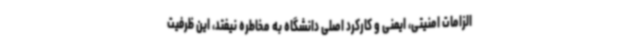
الزامات امنیتی، ایمنی و کارکرد اصلی دانشگاه به مخاطره نیفتد، این ظرفیت